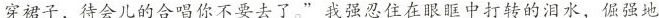
穿裙子，待会儿的合唱你不要去了。”我强忍住在眼眶中打转的泪水，倔强地